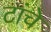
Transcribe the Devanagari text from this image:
टांचे